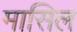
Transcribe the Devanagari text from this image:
मासिल